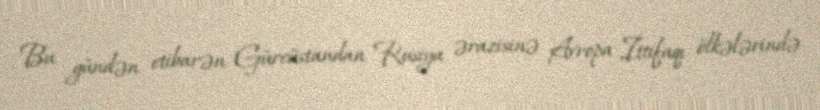
Bu gündən etibarən Gürcüstandan Rusiya ərazisinə Avropa İttifaqı ölkələrində